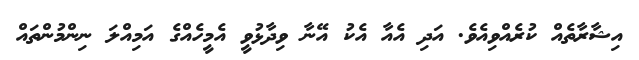
އިޝާރާތެއް ކުރެއްވިއެވެ. އަދި އެއާ އެކު އޭނާ ވިދާޅުވީ އެމީހެއްގެ އަމިއްލަ ނިންމުންތައް